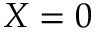
X = 0